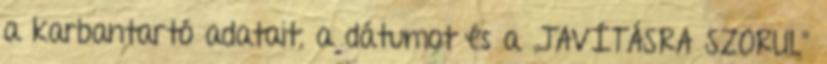
a karbantartó adatait, a dátumot és a „JAVÍTÁSRA SZORUL”